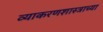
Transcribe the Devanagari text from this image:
व्याकरणशास्त्राच्या